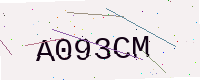
Text: A093CM